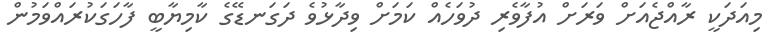
މިއަދަކީ ރާއްޖެއަށް ވަރަށް އުފާވެރި ދުވަހެއް ކަމަށް ވިދާޅުވެ ދަގަނޑޭގެ ކާމިޔާބީ ފާހަގަކުރައްވަމުން